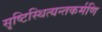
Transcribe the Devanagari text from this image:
सृष्टिस्थित्यन्तकर्मणि